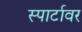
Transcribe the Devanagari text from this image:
स्पार्टावर